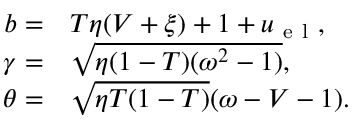
\begin{array} { r l } { b = } & { { } T \eta ( V + \xi ) + 1 + u _ { \mathrm { ~ e ~ l ~ } } , } \\ { \gamma = } & { { } \sqrt { \eta ( 1 - T ) ( \omega ^ { 2 } - 1 ) } , } \\ { \theta = } & { { } \sqrt { \eta T ( 1 - T ) } ( \omega - V - 1 ) . } \end{array}